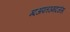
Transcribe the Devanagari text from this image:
म्दअपतउमदजंस